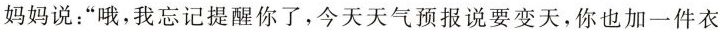
妈妈说”哦，我忘记提醒你了，今天天气预报说要变天，你也加一件衣